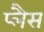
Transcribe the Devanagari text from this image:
प्लैस